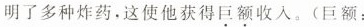
明了多种炸药。这使他获得巨额收入。(巨额：